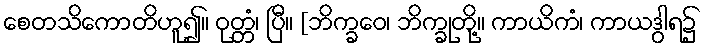
စေတသိကောတိဟူ၍။ ဝုတ္တံ၊ ပြီ။ [ဘိက္ခဝေ၊ ဘိက္ခုတို့။ ကာယိကံ၊ ကာယဒွါရ၌